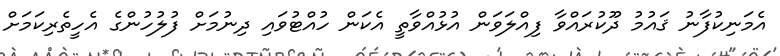
އެމަނިކުފާނު ޤައުމު ދޫކުރައްވާ ފިއްލަވަން އުޅުއްވާތީ އެކަން ހުއްޓުވައި ދިނުމަށް ފުލުހުންގެ އެހީތެރިކަމަށް